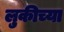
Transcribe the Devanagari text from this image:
लुकीच्या